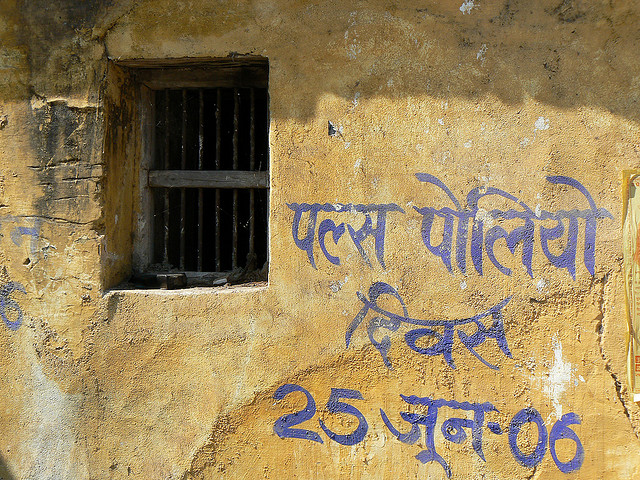
Language: hindi
Transcription: जून- पोलियो पल्स दिवस